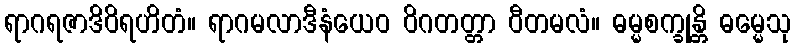
ရာဂရဇာဒိဝိရဟိတံ။ ရာဂမလာဒီနံယေဝ ဝိဂတတ္တာ ဝီတမလံ။ ဓမ္မစက္ခုန္တိ ဓမ္မေသု